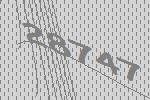
28747